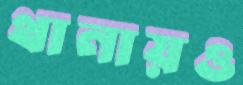
থানায়ও